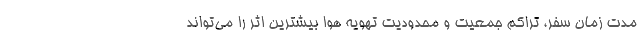
مدت زمان سفر، تراکم جمعیت و محدودیت تهویه هوا بیشترین اثر را می‌تواند